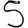
Digit: 5